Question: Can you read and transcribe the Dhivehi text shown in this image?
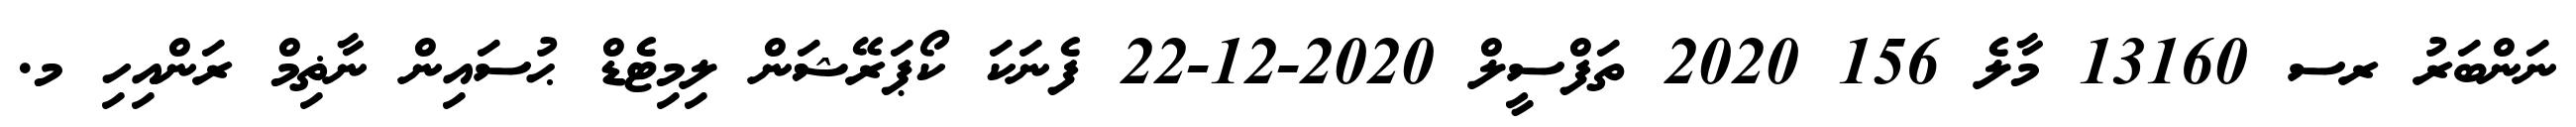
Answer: ނަންބަރު ރސ 13160 މާލެ 156 2020 ތަފްސީލް 2020-12-22 ފެނަކަ ކޯޕަރޭޝަން ލިމިޓެޑް ޙުސައިން ނާޡިމް ރަންއިހި މ.